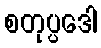
စတုပ္ပဒေါ